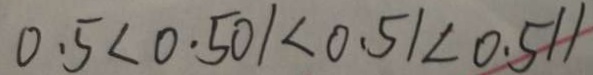
0 . 5 < 0 . 5 0 1 < 0 . 5 1 < 0 . 5 1 1